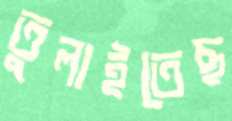
তুলাইতেছ